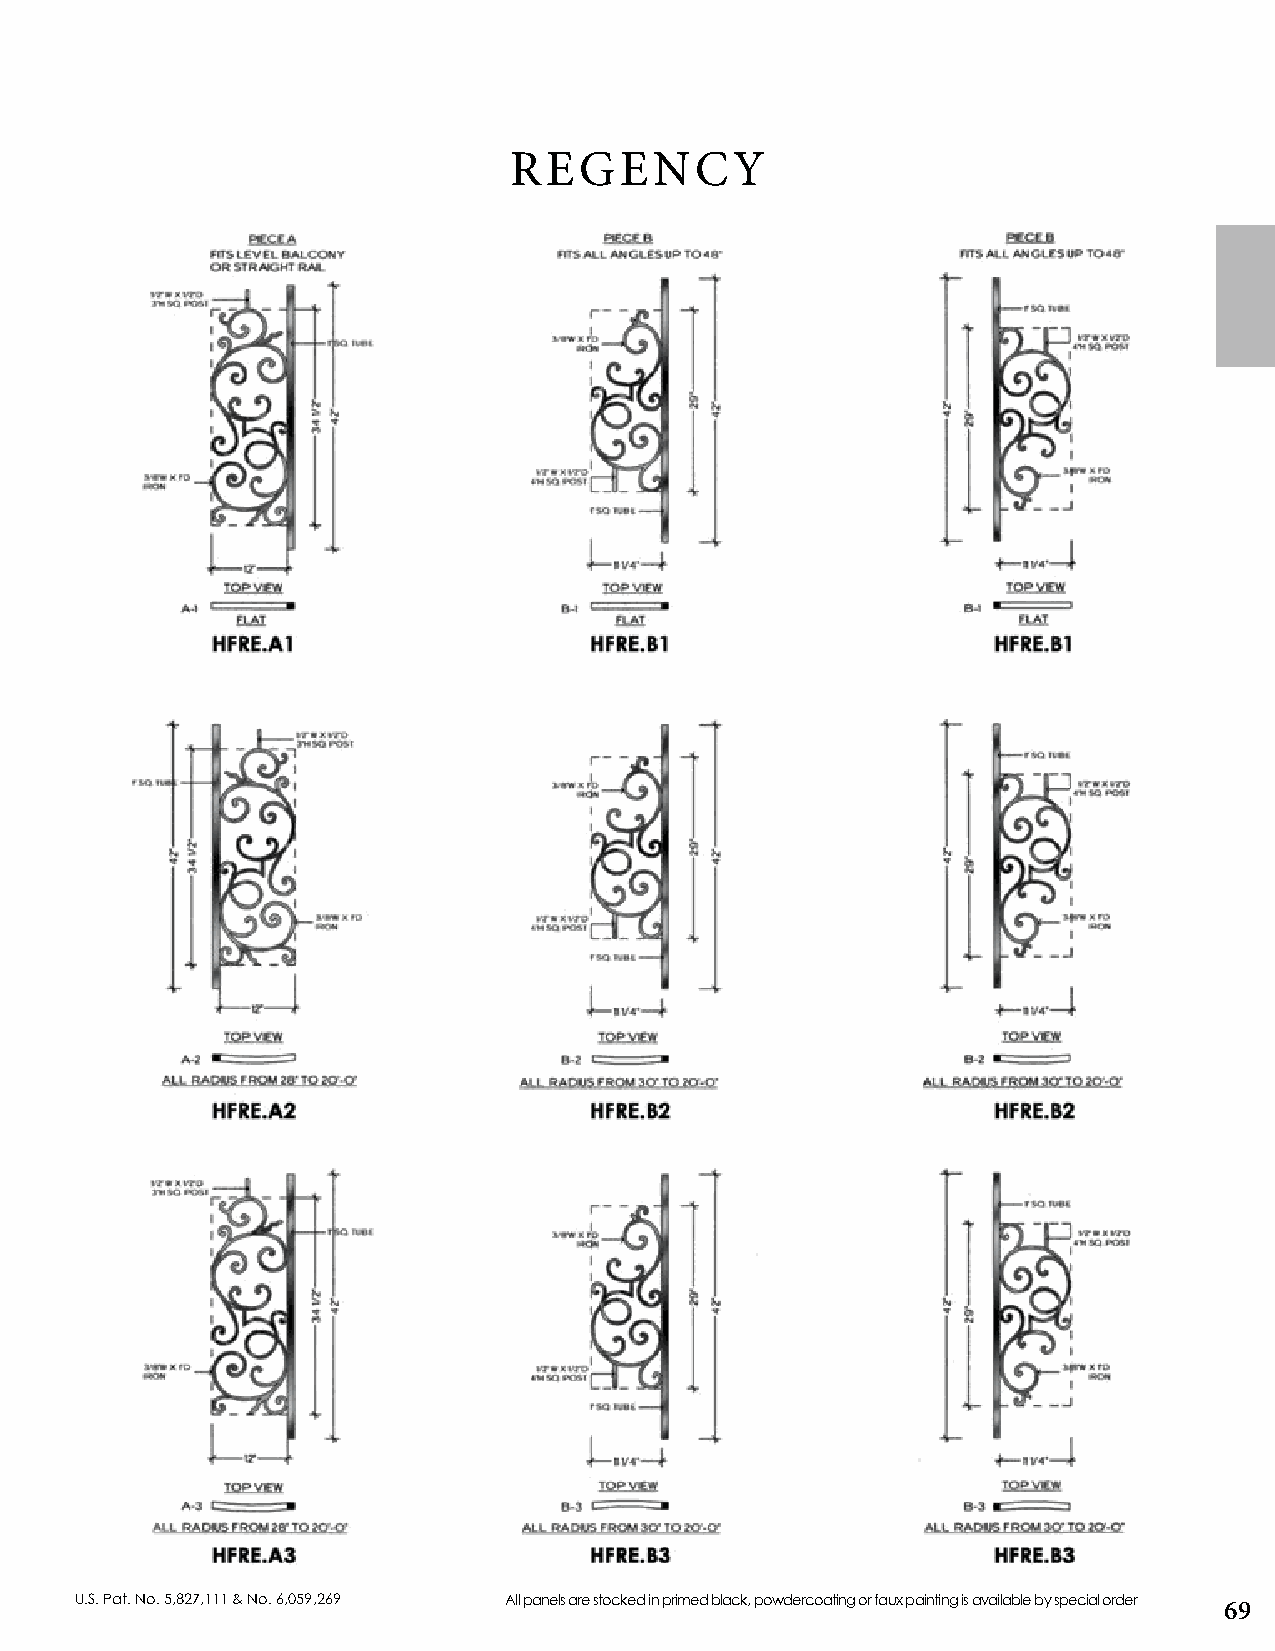
REGENCY
 U.S. Pat. No. 5,827,111 & No. 6,059,269 All panels are stocked in primed black, powdercoating or faux painting is available by special order
 69